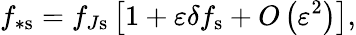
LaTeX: f_{\ast\mathrm{s}}=f_{J\mathrm{s}}\left[1+\varepsilon\delta f_{\mathrm{s}}+O\left(\varepsilon^{2}\right)\right],